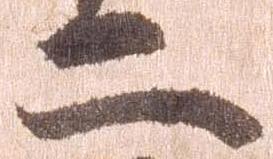
二